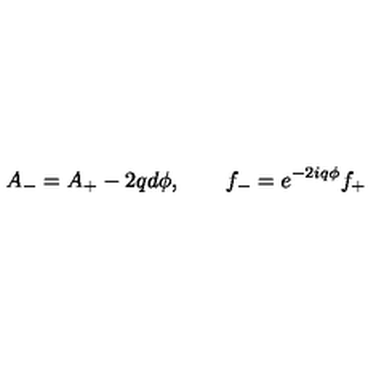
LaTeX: A _ { - } = A _ { + } - 2 q d \phi , \qquad f _ { - } = e ^ { - 2 i q \phi } f _ { + }